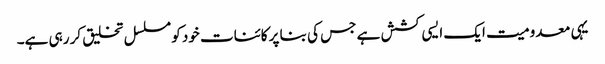
یہی معدومیت ایک ایسی کشش ہے جس کی بنا پر کائنات خود کو مسلسل تخلیق کر رہی ہے۔